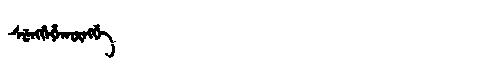
Manchu: ᠰᡠᠩᡤᡝᡥᠠᡴᡡᠩᡤᡝ
Romanization: SUNGGEHAKŪNGGE